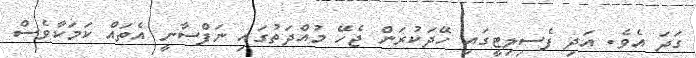
ގަދަ އެވެ. އަދި ފެސިލިޓީގައި ހޭދަކުރަން ޖެހޭ މުއްދަތުގައި ނަފްސާނީ އެތައް ކަމަކާވެސް